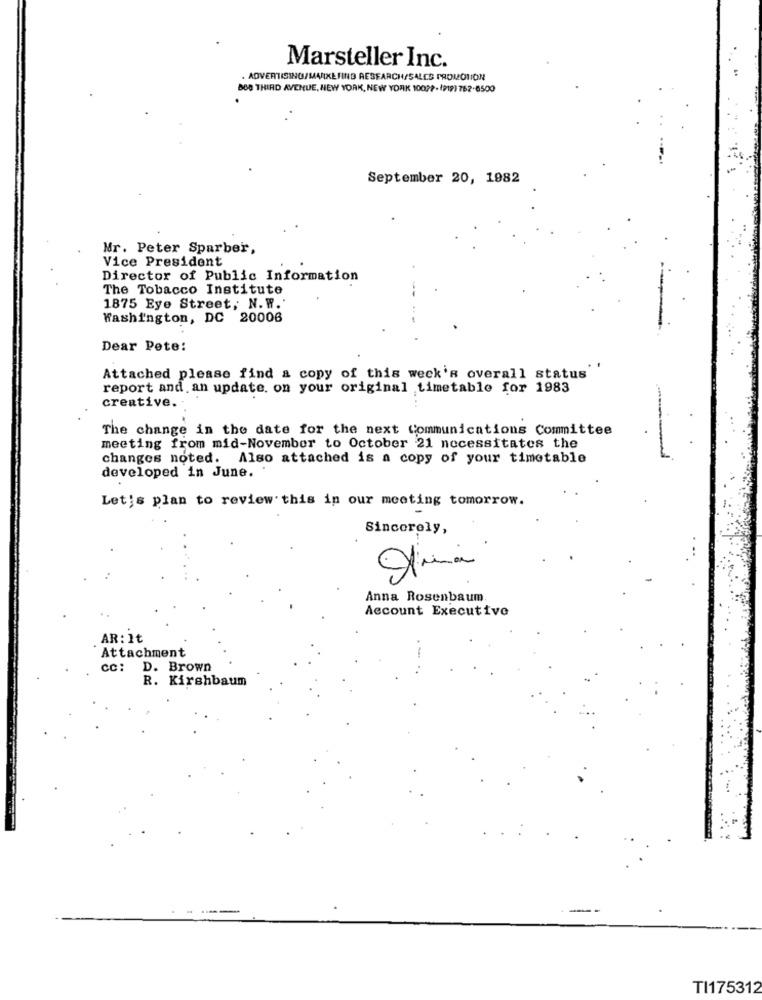
Marsteller Inc.
. ADVERTISING/MV/IXESING RESEARCH/SALES PROMOTION
BOD THIRD AVENUE, NEW YORK, NEW YORK 1002 ?- 19191 762-8500
September 20, 1982
Mr. Peter Sparber,
Vice President
Director of Public Information
The Tobacco Institute
1875 Eye Street, N.W.'
Washington, DC 20006
Dear Pete:
Attached please find a copy of this week's overall status
report and an update, on your original timetable for 1983
creative.
.. .
The change in the date for the next Communications Committee
meeting from mid-November to October 21 necessitates the
changes noted. Also attached is a copy of your timetable
developed in June.
Let's plan to review this in our meeting tomorrow.
Sincerely,
Anna Rosenbaum
Account Executive
AR: It
Attachment
cc: D. Brown
R. Kirshbaum
TI175312